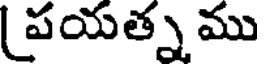
పయత్న ము